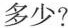
多少?